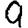
Digit: 9